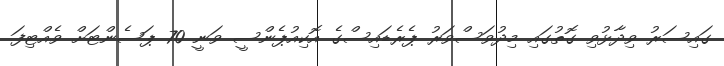
ގައިސަރު ވިދާޅުވި ގޮތުގައި މިދުވަސްވަރު ޕެރެޑައިސްގެ އޮކިއުޕެންސީ ވަނީ 70 ޕަސެންޓަށް ވެއްޓިފަ